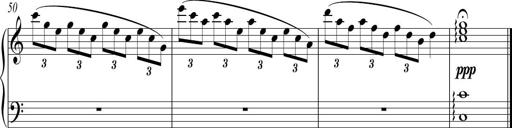
Title: Sonatina No. 1 in C
Composer: A. Marando
Key: C major